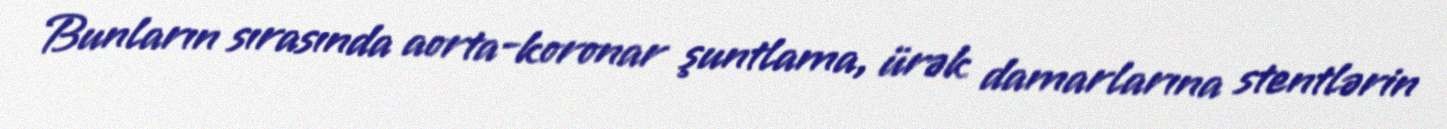
Bunların sırasında aorta-koronar şuntlama, ürək damarlarına stentlərin